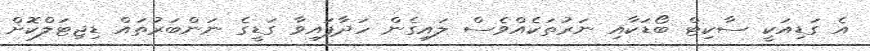
އެ ގަޑިއަކީ ސާކިޓް ބޯޑަކާއި ނަރުތަކެއްވެސް ލައިގެން ހަދާފައިވާ ގަޑީގެ ނަންބަރުތައް ޑިޖިޓަލްކޮށް